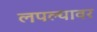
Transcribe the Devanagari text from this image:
लपल्यावर